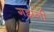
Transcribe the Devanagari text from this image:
गझली